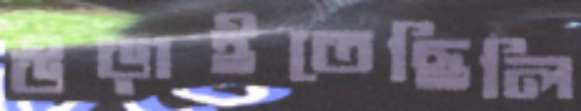
উড়াইতেছিলি